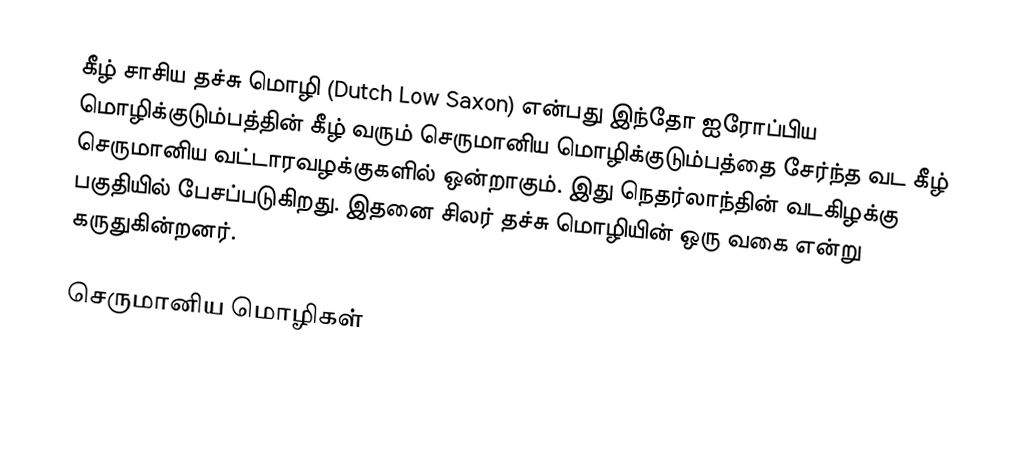
கீழ் சாசிய தச்சு மொழி (Dutch Low Saxon) என்பது இந்தோ ஐரோப்பிய மொழிக்குடும்பத்தின் கீழ் வரும் செருமானிய மொழிக்குடும்பத்தை சேர்ந்த வட கீழ் செருமானிய வட்டாரவழக்குகளில் ஒன்றாகும். இது நெதர்லாந்தின் வடகிழக்கு பகுதியில் பேசப்படுகிறது. இதனை சிலர் தச்சு மொழியின் ஒரு வகை என்று கருதுகின்றனர்.

செருமானிய மொழிகள்